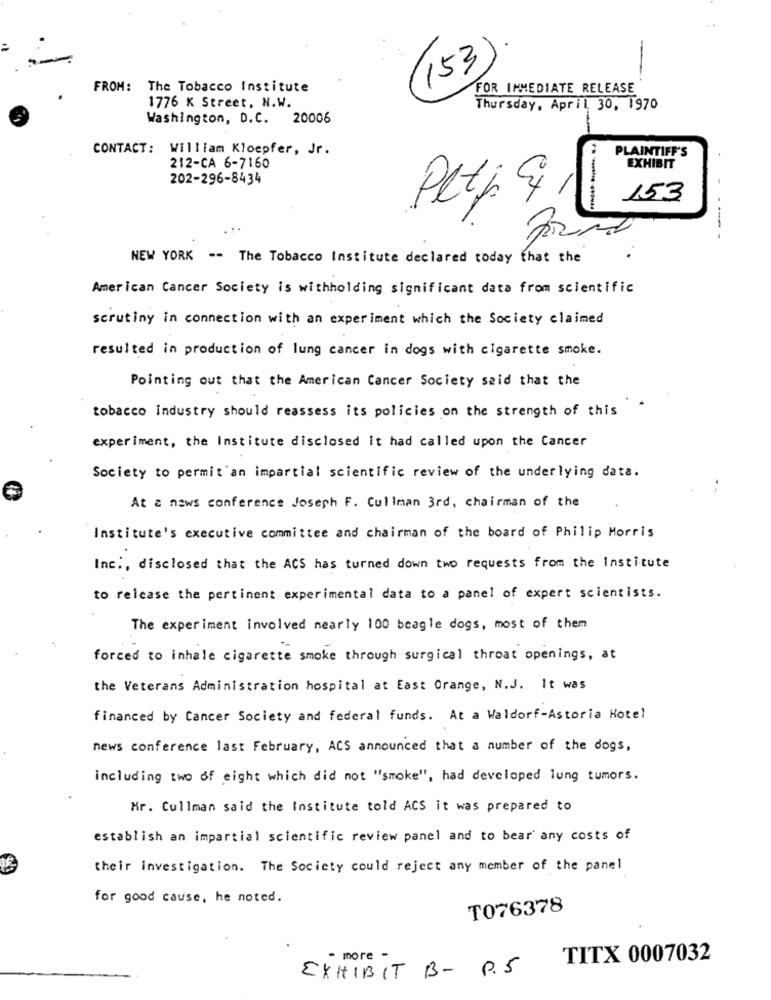
(153
FROM: The Tobacco Institute
FOR IMMEDIATE RELEASE
1776 K Street, N.W.
Thursday, April 30, 1970
Washington, D.C. 20006
CONTACT: William Kloepfer, Jr.
PLAINTIFF'S
212-CA 6-7160
EXHIBIT
202-296-8434
Petp & 1
153
----
NEW YORK -- The Tobacco Institute declared today that the
American Cancer Society is withholding significant data from scientific
scrutiny in connection with an experiment which the Society claimed
resulted in production of lung cancer in dogs with cigarette smoke.
Pointing out that the American Cancer Society said that the
tobacco industry should reassess its policies on the strength of this
experiment, the Institute disclosed it had called upon the Cancer
Society to permit an impartial scientific review of the underlying data.
At a news conference Joseph F. Cullman 3rd, chairman of the
Institute's executive committee and chairman of the board of Philip Morris
Inc ., disclosed that the ACS has turned down two requests from the Institute
to release the pertinent experimental data to a panel of expert scientists.
The experiment involved nearly 100 beagle dogs, most of them
forced to inhale cigarette smoke through surgical throat openings, at
the Veterans Administration hospital at East Orange, N.J. It was
financed by Cancer Society and federal funds. At a Waldorf-Astoria Hotel
news conference last February, ACS announced that a number of the dogs,
including two of eight which did not "smoke", had developed lung tumors.
Mr. Cullman said the Institute told ACS it was prepared to
establish an impartial scientific review panel and to bear' any costs of
their investigation. The Society could reject any member of the panel
for good cause, he noted.
T076378
- more -
TITX 0007032
EXHIBIT B- P.5